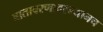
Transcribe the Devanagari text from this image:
वातावरणादरम्यानच